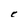
Character: C